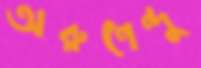
অরুণেন্দু